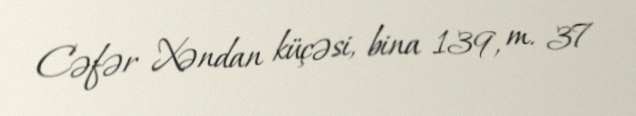
Cəfər Xəndan küçəsi, bina 139, m. 37